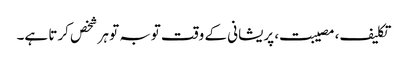
تکلیف، مصیبت، پریشانی کے وقت توبہ تو ہر شخص کرتا ہے۔